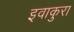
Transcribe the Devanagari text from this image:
इवाकुरा